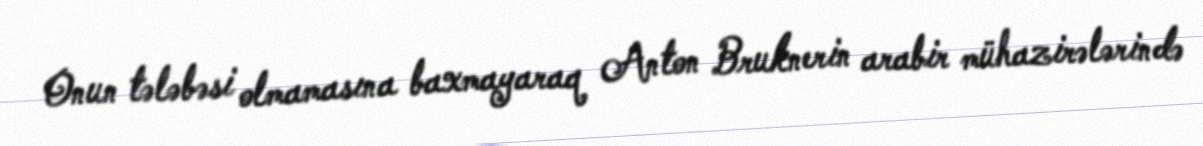
Onun tələbəsi olmamasına baxmayaraq Anton Bruknerin arabir mühazirələrində